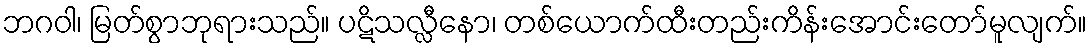
ဘဂဝါ၊ မြတ်စွာဘုရားသည်။ ပဋိသလ္လီနော၊ တစ်ယောက်ထီးတည်းကိန်းအောင်းတော်မူလျက်။